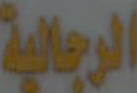
الرجالية